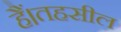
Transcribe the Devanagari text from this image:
हैं।तहसील